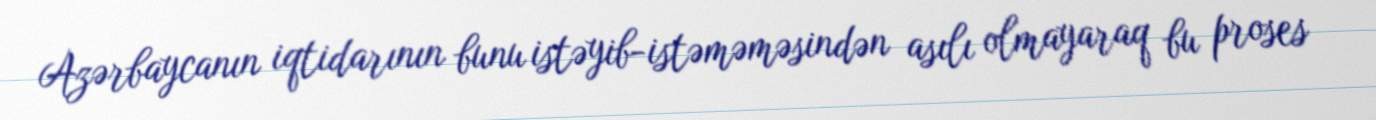
Azərbaycanın iqtidarının bunu istəyib-istəməməsindən asılı olmayaraq bu proses